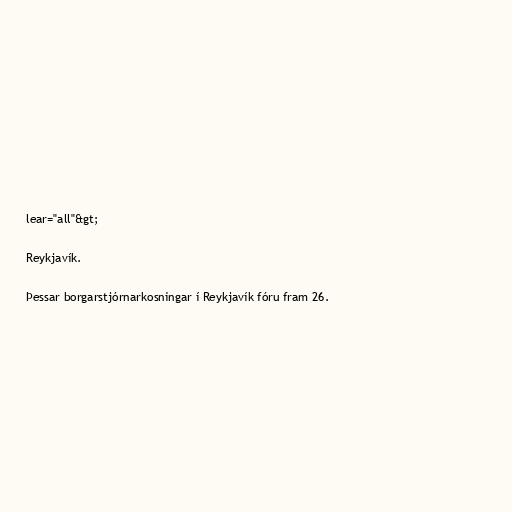
lear="all"&gt;

Reykjavík.

Þessar borgarstjórnarkosningar í Reykjavík fóru fram 26.